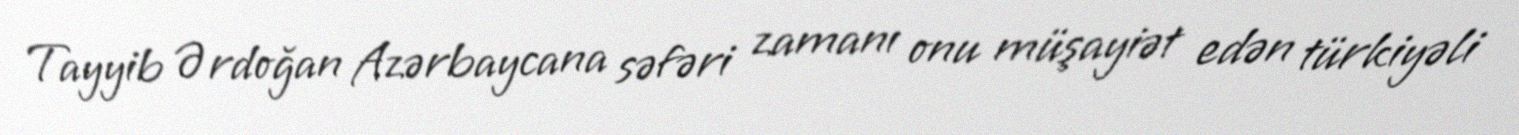
Tayyib Ərdoğan Azərbaycana səfəri zamanı onu müşayiət edən türkiyəli